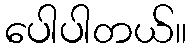
ပေါပါတယ်။